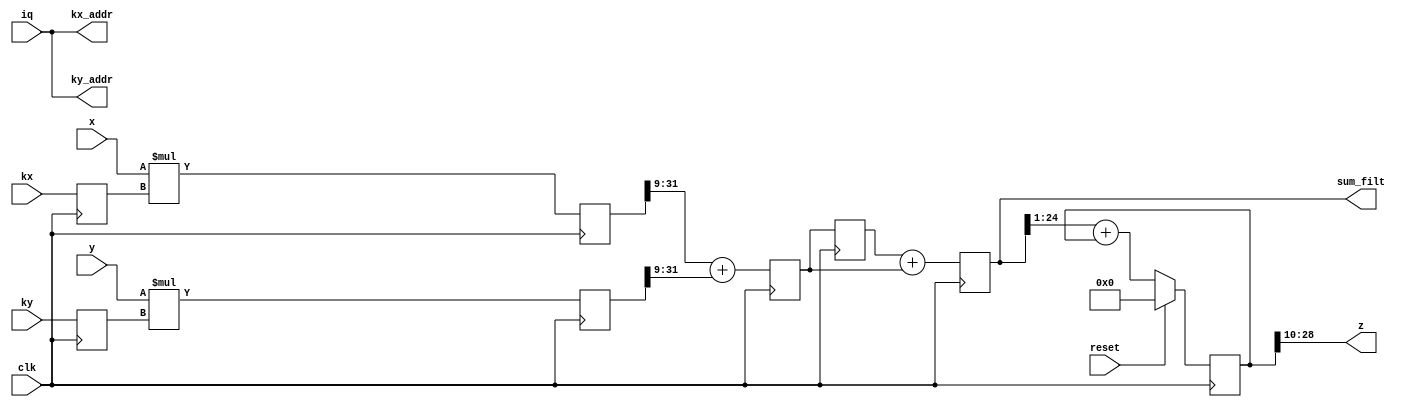
`timescale 1ns / 1ns

// Phase averaging: LCLS-II
// Basic idea is to multiply the forward downconverted signal with a user-settable PRL gain.
// Similarly multiply the reverse downconverted signal with a PRL gain.
// Note: All inputs are complex interleaved I/Q data.
// Then average these products and discard real values, consider only imag.
// Finally integrate the averaged values.

// Complex multiplication:
// (a + ib) * (c + id) --> forward * PRL gain
// (w + ix) * (y + iz) --> reverse * PRL gain
// (a*c - b*d) + i (a*d + b*c) --> M1
// (w*y - x*z) + i (w*z + x*y) --> M2

// Since we just need the imag term, we can do:
// (a*d + b*c) --> (R*I + I*R)
// So for each operation we now need 1 multiplier (because interleaved I/Q
// data). This is accomplished using phs_avg_mul module.

// Averaging:
// (a*d + b*c + w*z + x*y) -->  (R*I + I*R) + (R*I + I*R) --> sum
// In total 2 multipliers(one for each pair of input) and 2 adders(adding each product and integrator)

// Computation adds four cycles of pipelining delay from inputs to z.

// All of x, kx, y, ky and z are complex-valued, interleaved,
// real when iq==1 and imaginary when iq==0.

module phs_avg #(
    parameter dwi = 17
) (
	input clk,  // timespec 6.66 ns
	input reset,
	input iq,
	input signed [dwi-1:0] x,
	input signed [15:0] kx,  // external
	output [0:0] kx_addr,    // external address for kx
	input signed [dwi-1:0] y,
	input signed [15:0] ky,  // external
	output [0:0] ky_addr,    // external address for ky
	output signed [dwi+7:0] sum_filt, // debug
	output signed [dwi+1:0] z
);
localparam dwj = 16;  // coefficient width (hard-coded due to limitations in newad)
localparam intg_scale = 11;  // integrator width
assign kx_addr = iq;
assign ky_addr = iq;

reg signed [dwj-1:0] kx1 = 0, ky1 = 0;
reg signed [(dwi+dwj)-1:0] prod_x = 0, prod_y = 0;
always @(posedge clk) begin
        // Delay gains, to multiply I*R
        kx1 <= kx;
        ky1 <= ky;
        prod_x <= x * kx1;
        prod_y <= y * ky1;
end

wire signed [dwi+5:0] xmr = prod_x[(dwi+dwj)-2:dwj-7];
wire signed [dwi+5:0] ymr = prod_y[(dwi+dwj)-2:dwj-7];

reg signed [dwi+6:0] sum = 0, sum1 = 0;
reg signed [dwi+7:0] sum_f = 0;
reg signed [dwi+intg_scale:0] intg = 0;
always @(posedge clk) begin
        sum <= xmr + ymr;
        sum1 <= sum;
        sum_f <= sum1 + sum;  // 2-tap filter [1, 1]
        if (reset) intg <= 0;
        else intg <= (sum_f >>> 1) + intg; // Integrator
end
assign sum_filt = sum_f;
assign z = intg[dwi+intg_scale:intg_scale-1];

endmodule